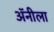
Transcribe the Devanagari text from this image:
अॅनीला